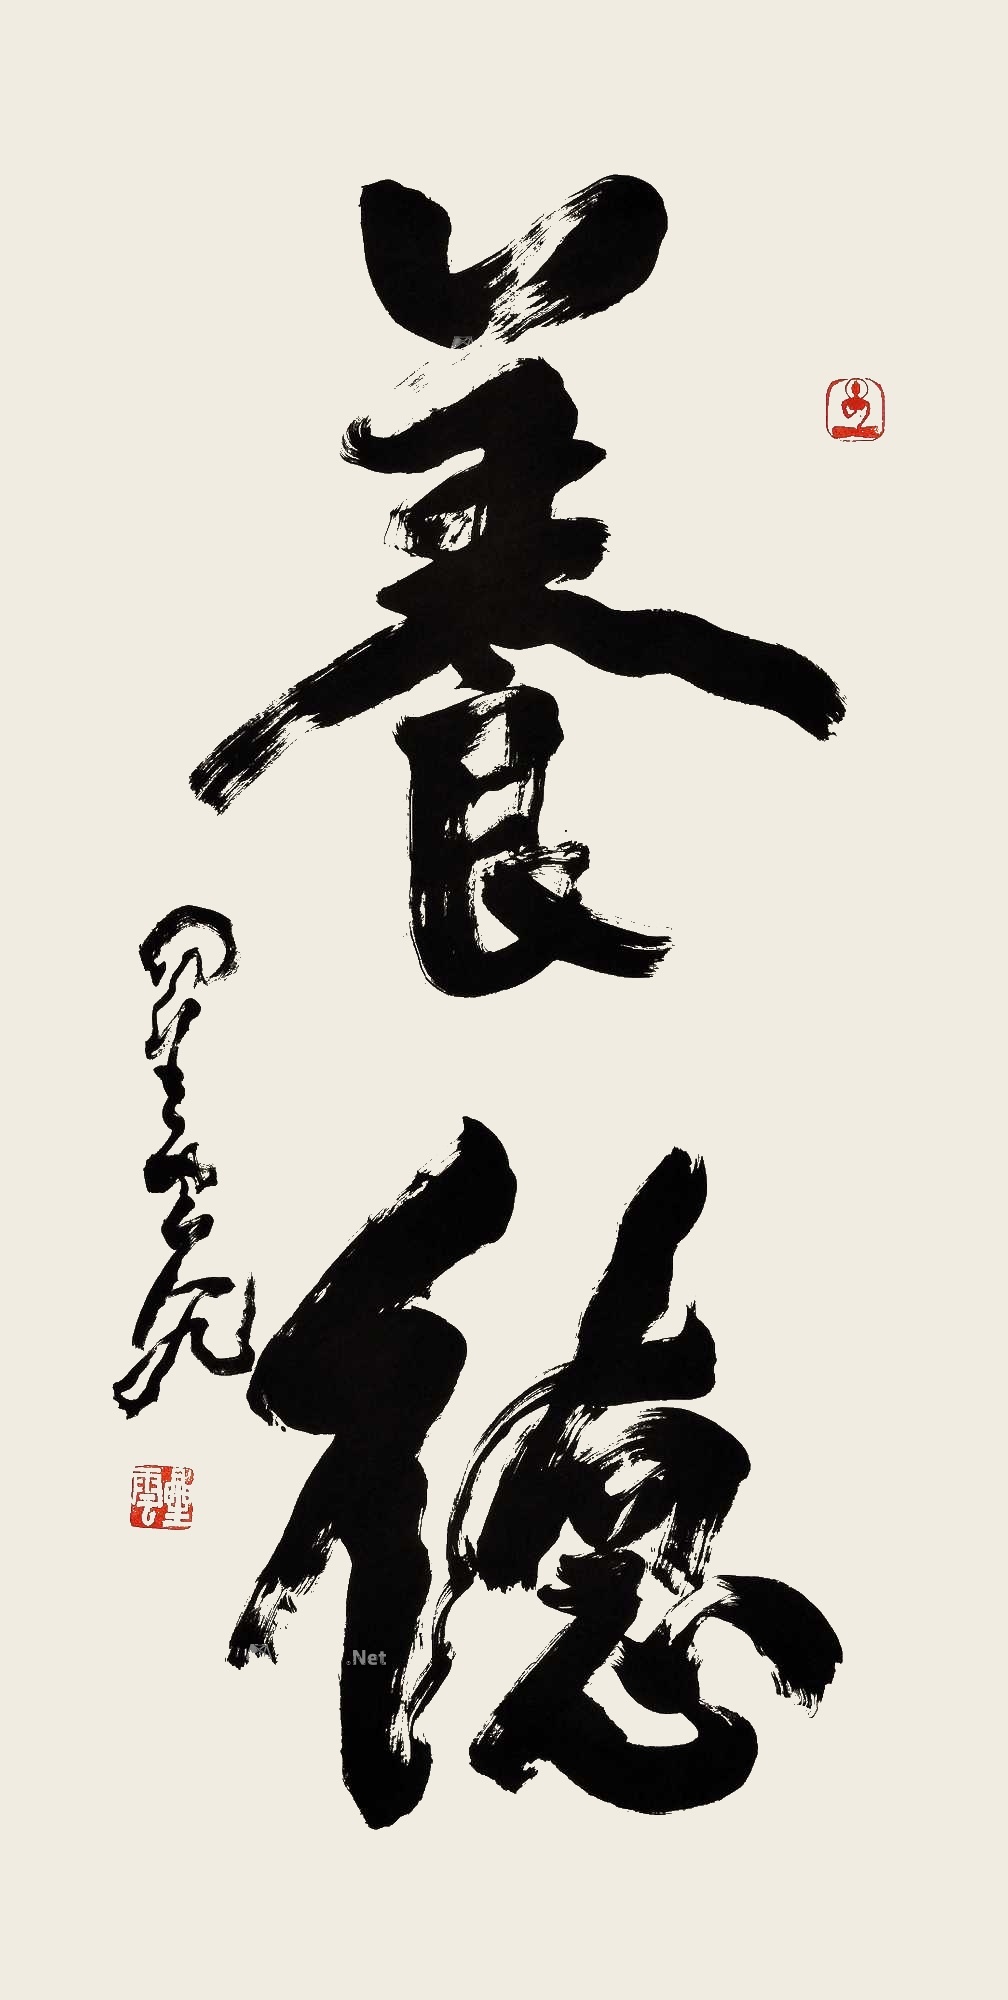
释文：养德星云八九